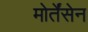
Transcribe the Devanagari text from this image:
मोर्तेंसेन